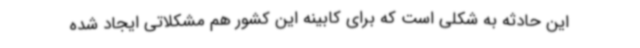
این حادثه به شکلی است که برای کابینه این کشور هم مشکلاتی ایجاد شده